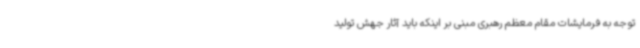
توجه به فرمایشات مقام معظم رهبری مبنی بر اینکه باید آثار جهش تولید